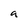
Character: a